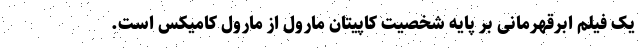
یک فیلم ابرقهرمانی بر پایهٔ شخصیت کاپیتان مارول از مارول کامیکس است.